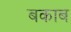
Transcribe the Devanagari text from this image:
बकाब